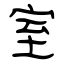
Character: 室